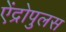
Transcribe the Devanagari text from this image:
ऐंद्रोपुलस